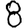
Digit: 8